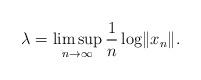
LaTeX: \begin{align*}\lambda=\limsup_{n\to \infty} \frac 1 n \log \lVert x_n\rVert.\end{align*}